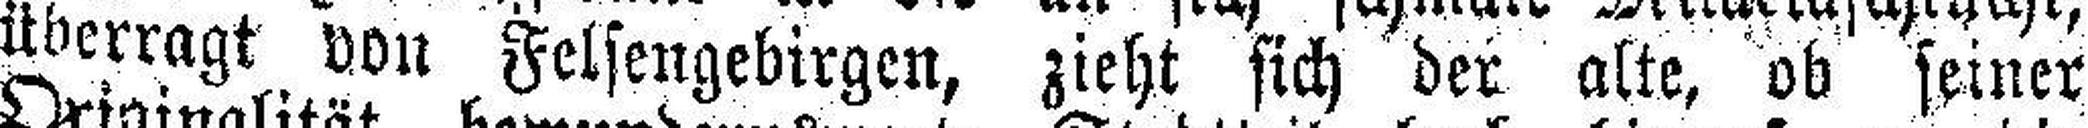
überragt von Felsengebirgen, zieht sich der alte, ob seiner